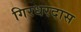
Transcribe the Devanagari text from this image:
गिरधरदास